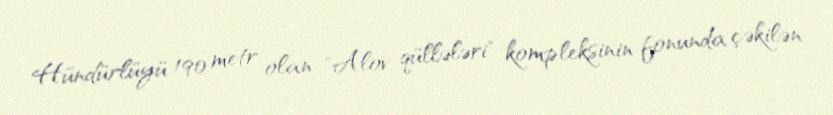
Hündürlüyü 190 metr olan "Alov qüllələri" kompleksinin fonunda çəkilən